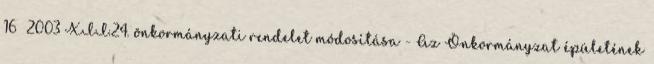
16 2003 XII.24. önkormányzati rendelet módosítása - Az Önkormányzat épületének